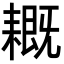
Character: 𦔙